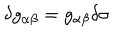
\delta g _ { \alpha \beta } = g _ { \alpha \beta } \delta \sigma